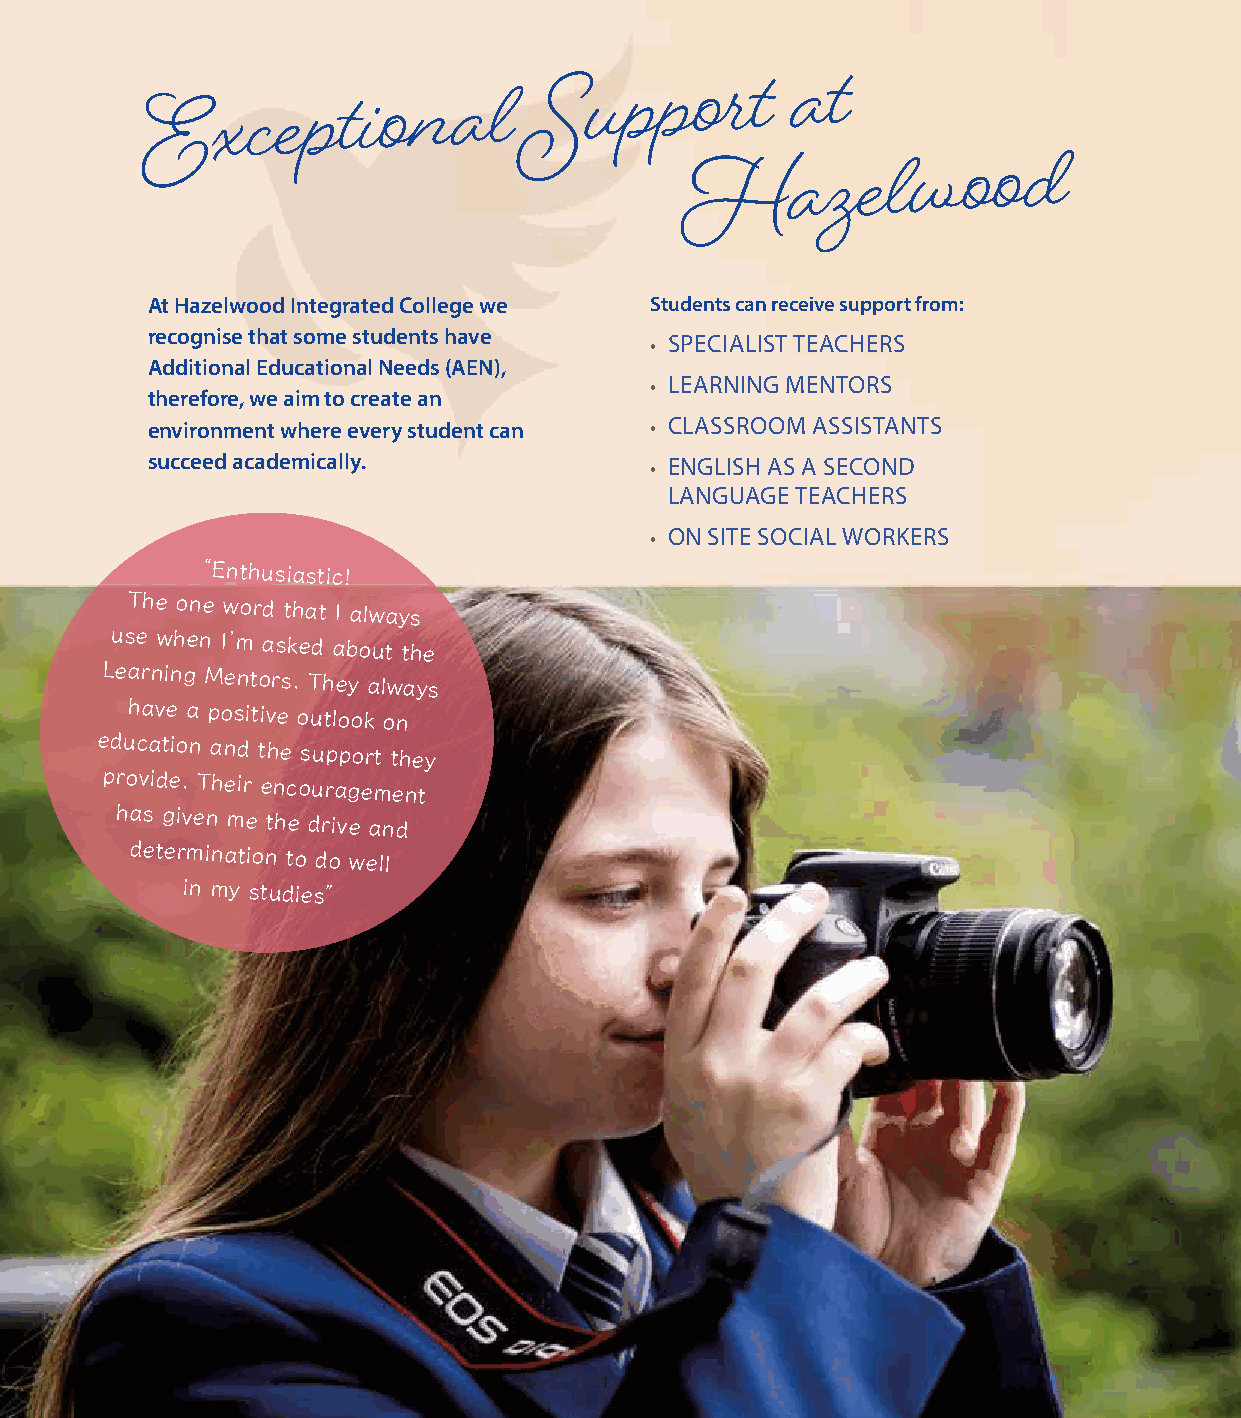
Exceptional
 Support          at
 Hazelwood
 At Hazelwood Integrated College we Students can receive support from:
 recognise that some students have
 • SPECIALIST TEACHERS
 Additional Educational Needs (AEN),
 • LEARNING MENTORS
 therefore, we aim to create an
 environment where every student can • CLASSROOM ASSISTANTS
 succeed academically.            • ENGLISH AS A SECOND
 LANGUAGE TEACHERS
 • ON SITE SOCIAL WORKERS
 “Enthusiastic!
 The one word that I always
 use when I’m asked about the
 Learning
 Mentors. They always
 have a positive outlook on
 education
 and the support they
 provide. Their encouragement
 has given me the drive and
 determination
 to do well
 in my studies”